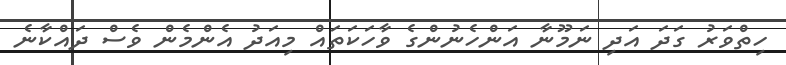
ހިތްވަރު ގަދަ އަދި ނަމޫނާ އަންހެނުންގެ ވާހަކަތައް މިއަދު އެންމެން ވެސް ދައްކާނެ